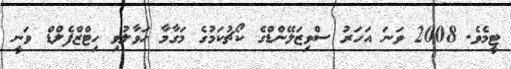
ޓީމެވެ. 2008 ވަނަ އަހަރު ސްވިޒަލޭންޑްގެ ކޯޗުކަމުގެ މަަގާމާ ހަވާލުވި ހިޓްޒްފެލްޑް ވަނީ